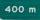
400